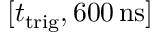
[ t _ { \mathrm { t r i g } } , 6 0 0 \, \mathrm { n s } ]